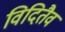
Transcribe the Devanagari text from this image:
विदितैव